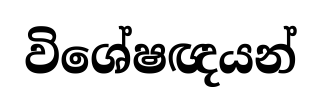
විශේෂඥයන්